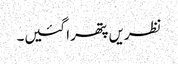
نظریں پتھرا گئیں۔